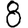
Digit: 8